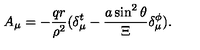
A _ { \mu } = - \frac { q r } { \rho ^ { 2 } } ( \delta _ { \mu } ^ { t } - \frac { a \sin ^ { 2 } \theta } \Xi \delta _ { \mu } ^ { \phi } ) .